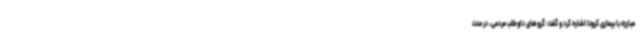
مبارزه با بیماری کرونا اشاره کرد و گفت: گروهای داوطلب مردمی، در مدت